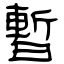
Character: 暫